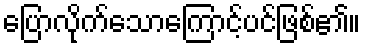
ပြောလိုက်သောကြောင့်ပင်ဖြစ်၏။